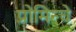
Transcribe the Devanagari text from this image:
प्रोमिन्चे